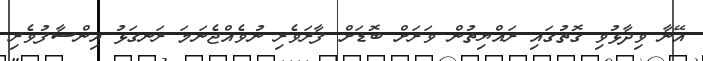
އޭނާ ވިދާޅުވި ގޮތުގައި ރައްޔިތުން ވަރަށް ބޮޑަށް ފާރަވެރި ނުވެއްޖެނަމަ ރަނގަޅު އިންސާފުވެރި